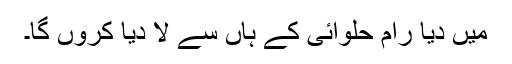
میں دیا رام حلوائی کے ہاں سے لا دیا کروں گا۔